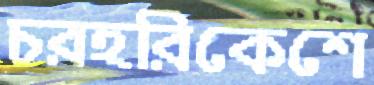
চরহরিকেশে